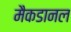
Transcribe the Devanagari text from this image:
मैकडानल